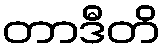
တာဒီတိ